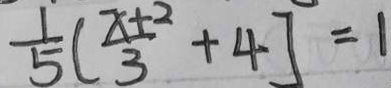
\frac { 1 } { 5 } ( \frac { x + 2 } { 3 } + 4 ] = 1